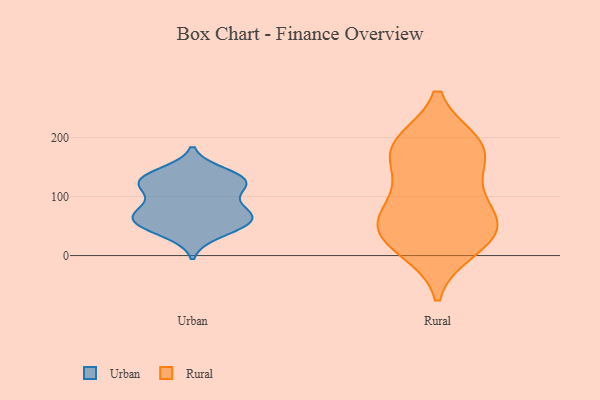
{"axis": {"x": "Energy Usage (MWh)", "y": "Value"}, "legend": ["Rural", "Urban"], "data": [{"x": "", "y": 71, "type": "Urban"}, {"x": "", "y": 112, "type": "Urban"}, {"x": "", "y": 85, "type": "Urban"}, {"x": "", "y": 59, "type": "Urban"}, {"x": "", "y": 130, "type": "Urban"}, {"x": "", "y": 62, "type": "Urban"}, {"x": "", "y": 121, "type": "Urban"}, {"x": "", "y": 78, "type": "Urban"}, {"x": "", "y": 121, "type": "Urban"}, {"x": "", "y": 141, "type": "Urban"}, {"x": "", "y": 55, "type": "Urban"}, {"x": "", "y": 37, "type": "Urban"}, {"x": "", "y": 124, "type": "Urban"}, {"x": "", "y": 65, "type": "Urban"}, {"x": "", "y": 46, "type": "Urban"}, {"x": "", "y": 134, "type": "Urban"}, {"x": "", "y": 42, "type": "Rural"}, {"x": "", "y": 191, "type": "Rural"}, {"x": "", "y": 16, "type": "Rural"}, {"x": "", "y": 10, "type": "Rural"}, {"x": "", "y": 41, "type": "Rural"}, {"x": "", "y": 180, "type": "Rural"}, {"x": "", "y": 61, "type": "Rural"}, {"x": "", "y": 69, "type": "Rural"}, {"x": "", "y": 97, "type": "Rural"}, {"x": "", "y": 125, "type": "Rural"}, {"x": "", "y": 192, "type": "Rural"}, {"x": "", "y": 186, "type": "Rural"}, {"x": "", "y": 49, "type": "Rural"}, {"x": "", "y": 158, "type": "Rural"}]}